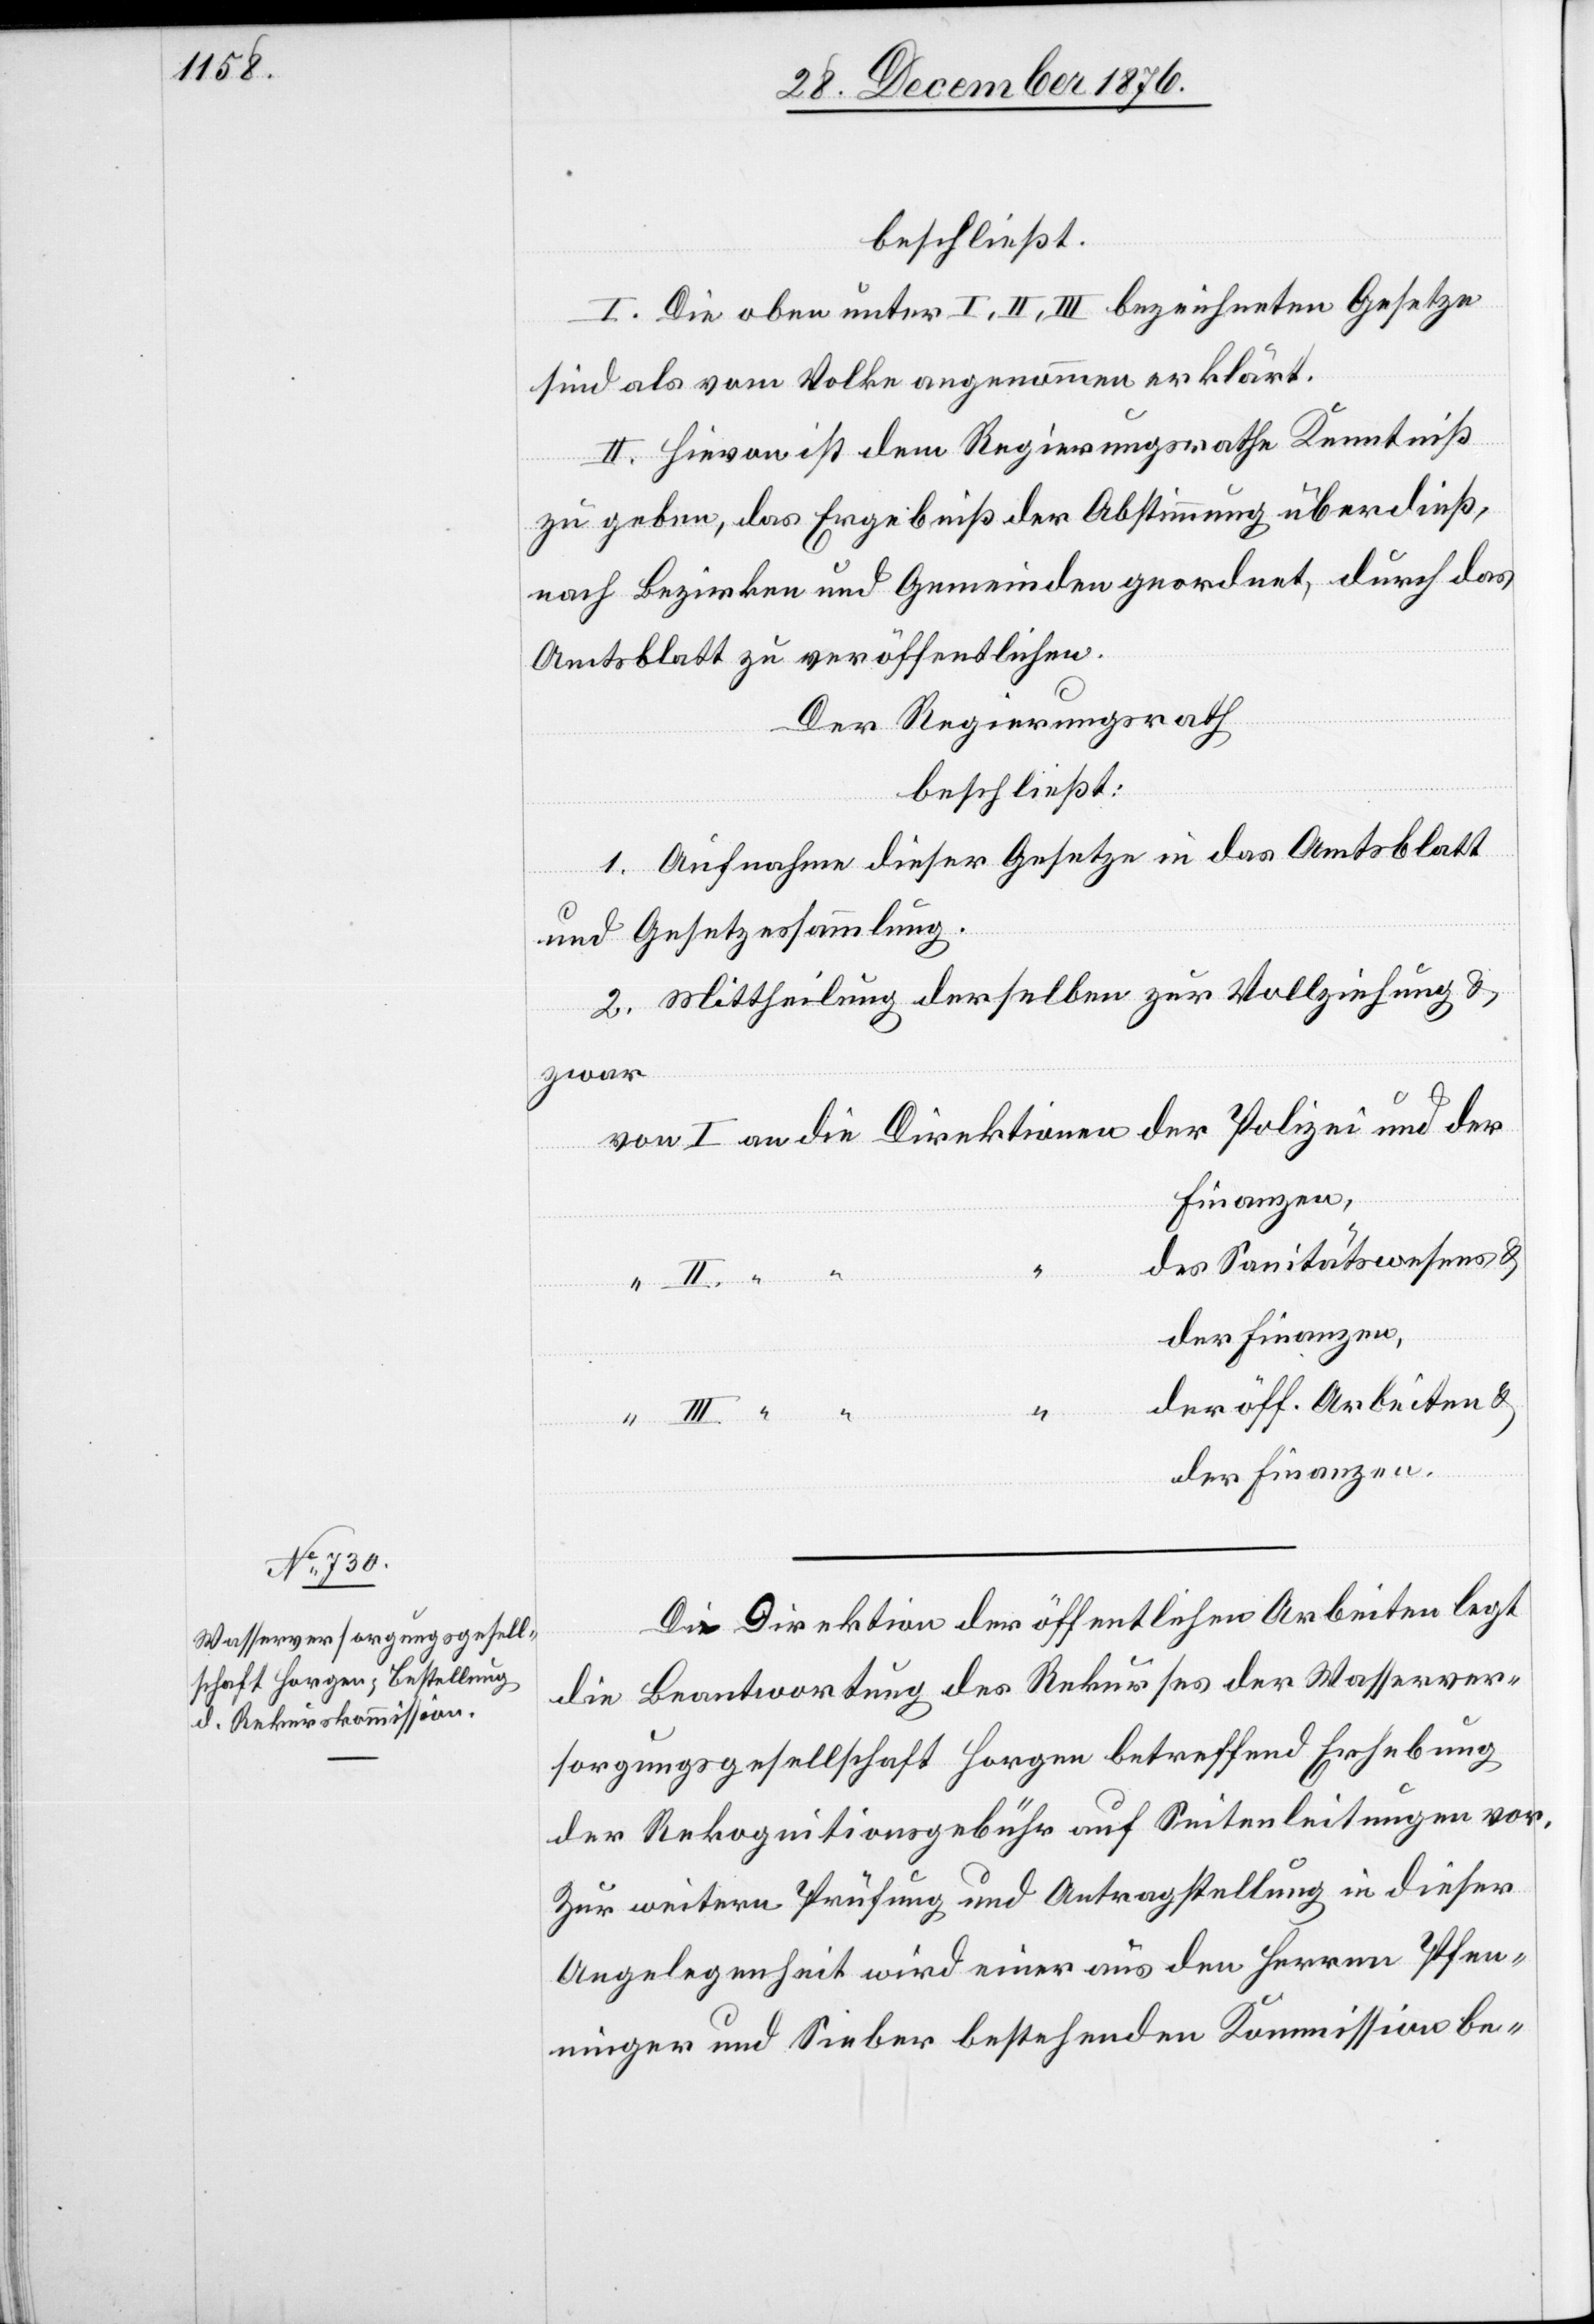
beschließt:
I. Die oben unter I, II, III bezeichneten Gesetze
sind als vom Volke angenommen erklärt.
II. Hievon ist dem Regierungsrathe Kenntniß
zu geben, das Ergebnis der Abstimmung überdieß,
nach Bezirken und Gemeinden geordnet, durch das
Amtsblatt zu veröffentlichen.
Der Regierungsrath
beschließt:
1. Aufnahme dieser Gesetze in das Amtsblatt
und Gesetzessammlung.
2. Mittheilung derselben zur Vollziehung &
zwar
des Sanitätswesens &
der Finanzen,
der öff. Arbeiten &
der Finanzen.
Die Direktion der öffentlichen Arbeiten legt
die Beantwortung des Rekurses der Wasserver¬
sorgungsgesellschaft Horgen betreffend Erhebung
der Rekognitionsgebühr auf Seitenleitungen vor.
Zur weitern Prüfung und Antragstellung in dieser
Angelegenheit wird einer [recte: eine] aus den Herren Pfen¬
ninger und Sieber bestehenden Kommission be-